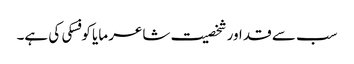
سب سے قد اور شخصیت شاعر مایا کوفسکی کی ہے۔